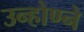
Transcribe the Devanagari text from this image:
उन्होण्ने